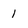
Character: 1